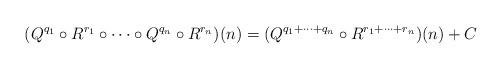
LaTeX: \begin{align*}(Q^{q_1} \circ R^{r_1} \circ \dotsb \circ Q^{q_n} \circ R^{r_n})(n) = (Q^{q_1 + \dotsb + q_n} \circ R^{r_1 + \dotsb + r_n})(n)+C\end{align*}